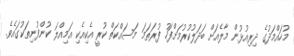
މުހައްމަދުގެ ދިރިއުޅުން މާލެއަށް ބަދަލުކުރުމަށްފަހު ފުރަތަމަ މަސައްކަތް ކުރީ އެކިއެކި އަމިއްލަ ކުންފުނިތަކުގައެވެ.